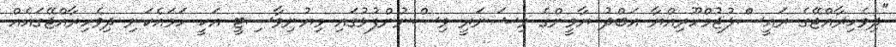
"ދިވެހިރާއްޖޭގެ ރައީސްލުޖުމްހޫރިއްޔާ އަބްދު ޔާމީންގެ ވިޝަނަރީ ވިސްނުންފުޅުގައި މިޔުނިވާސިޓީ އަކީ ހަމައެކަނި ދިވެހިރާއްޖޭގައެއް